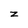
Character: z